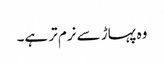
وہ پہاڑ سے نرم تر ہے۔